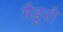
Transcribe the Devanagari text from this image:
मैडूरो